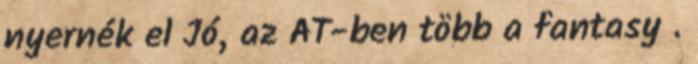
nyernék el Jó, az AT-ben több a fantasy .